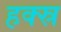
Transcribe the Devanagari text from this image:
हक्स्र